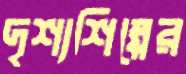
দৃশ্যশিল্পের